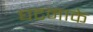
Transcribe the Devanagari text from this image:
घटनाके